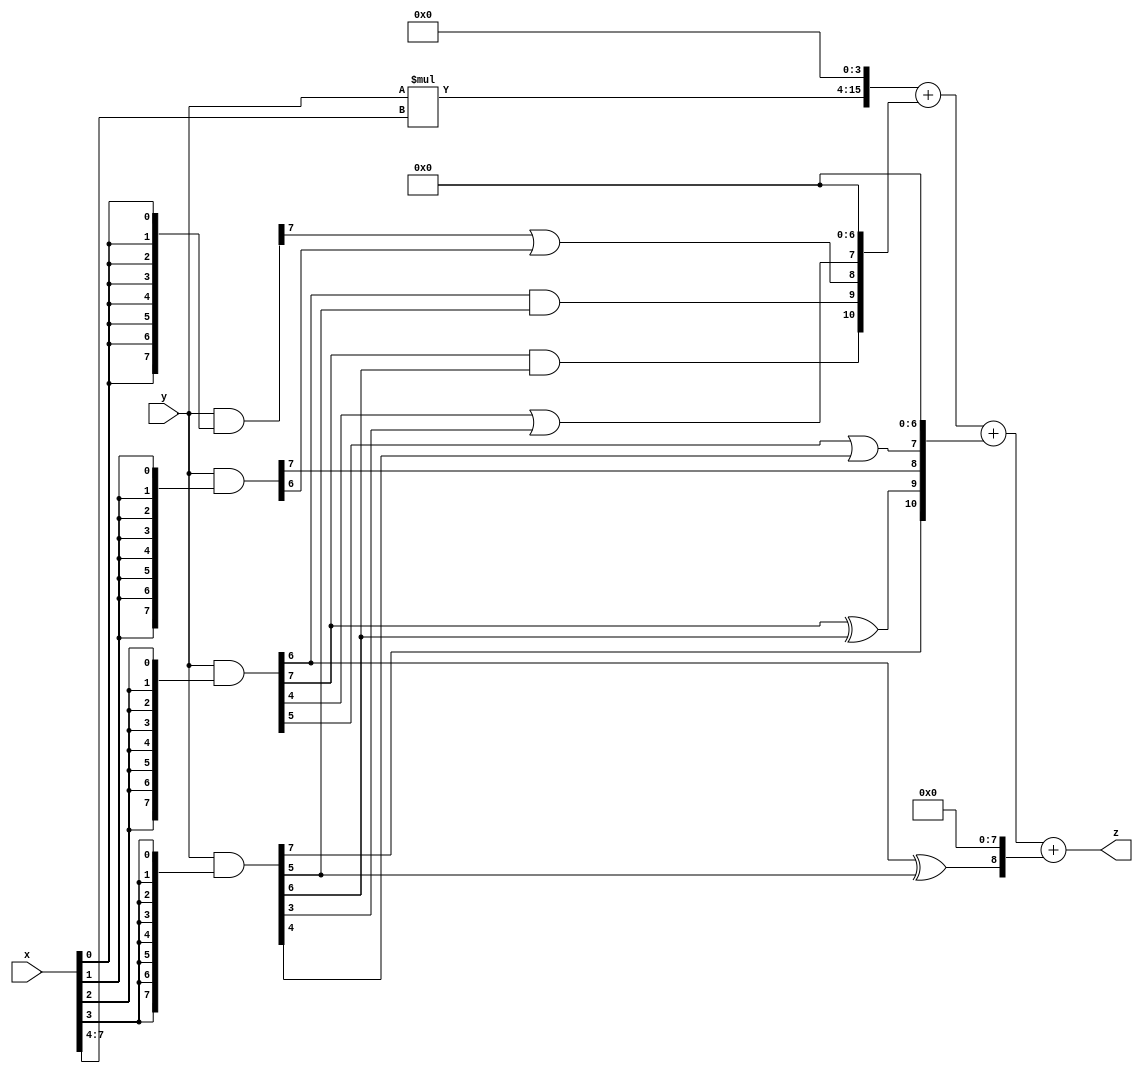
// terms: 9
// fval:  36434.25

module unsigned_exchange_8x8_l4_lamb3000_3 (
	input [7:0] x,
	input [7:0] y,
	output [15:0] z
);

wire [7:0] part1 =  y & {8{x[0]}};
wire [7:0] part2 =  y & {8{x[1]}};
wire [7:0] part3 =  y & {8{x[2]}};
wire [7:0] part4 =  y & {8{x[3]}};
wire [7:0] part5 =  y & {8{x[4]}};
wire [7:0] part6 =  y & {8{x[5]}};
wire [7:0] part7 =  y & {8{x[6]}};
wire [7:0] part8 =  y & {8{x[7]}};

wire [10:0] new_part1;
assign new_part1[0] = 0;
assign new_part1[1] = 0;
assign new_part1[2] = 0;
assign new_part1[3] = 0;
assign new_part1[4] = 0;
assign new_part1[5] = 0;
assign new_part1[6] = 0;
assign new_part1[7] = part3[4] | part4[3];
assign new_part1[8] = part1[7] | part2[6];
assign new_part1[9] = part3[6] & part4[5];
assign new_part1[10] = part3[7] & part4[6];

wire [10:0] new_part2;
assign new_part2[0] = 0;
assign new_part2[1] = 0;
assign new_part2[2] = 0;
assign new_part2[3] = 0;
assign new_part2[4] = 0;
assign new_part2[5] = 0;
assign new_part2[6] = 0;
assign new_part2[7] = part3[5] | part4[4];
assign new_part2[8] = part2[7];
assign new_part2[9] = part3[7] ^ part4[6];
assign new_part2[10] = part4[7];

wire [8:0] new_part3;
assign new_part3[0] = 0;
assign new_part3[1] = 0;
assign new_part3[2] = 0;
assign new_part3[3] = 0;
assign new_part3[4] = 0;
assign new_part3[5] = 0;
assign new_part3[6] = 0;
assign new_part3[7] = 0;
assign new_part3[8] = part3[6] ^ part4[5];

wire [11:0] tmp_z = y*x[7:4];

assign z = {tmp_z, 4'd 0} + new_part1 + new_part2 + new_part3;

endmodule